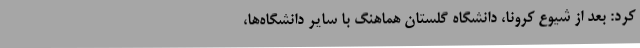
کرد: بعد از شیوع کرونا، دانشگاه گلستان هماهنگ با سایر دانشگاه‌ها،